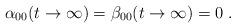
LaTeX: \begin{align*}\alpha_{00}(t\to\infty)=\beta_{00}(t\to\infty)=0\;.\end{align*}